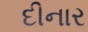
દીનાર